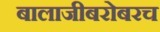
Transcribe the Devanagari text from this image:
बालाजीबरोबरच